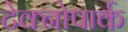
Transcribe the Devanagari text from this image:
टेक्नोपार्क